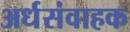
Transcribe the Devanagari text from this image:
अर्धसंवाहक